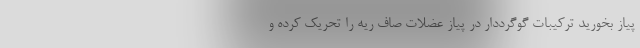
پیاز بخورید ترکیبات گوگرددار در پیاز عضلات صاف ریه را تحریک کرده و